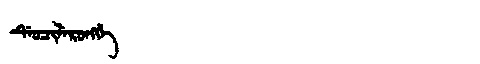
Manchu: ᡩᡝᠣᠴᡳᠯᡝᡵᠣᠩᡤᡝ
Romanization: DEOCILERONGGE